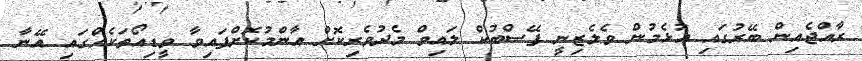
ރާއްޖެއިން ބޭރުގައި އުޅެމުން ވެލެޒިނީ ފޭސްބުކް ލައިވް މެދުވެރިކޮށް އާންމުކޮށްފައިވާ ވީޑިއޯތަކެއްގައި އޭނާ